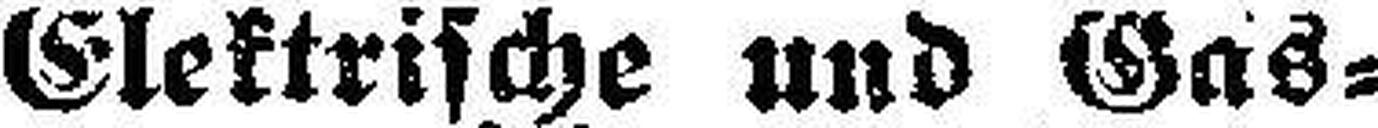
Elektrische und Gas¬